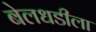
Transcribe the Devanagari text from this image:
बेलधडीला